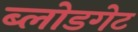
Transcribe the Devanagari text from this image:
ब्लोडगेट